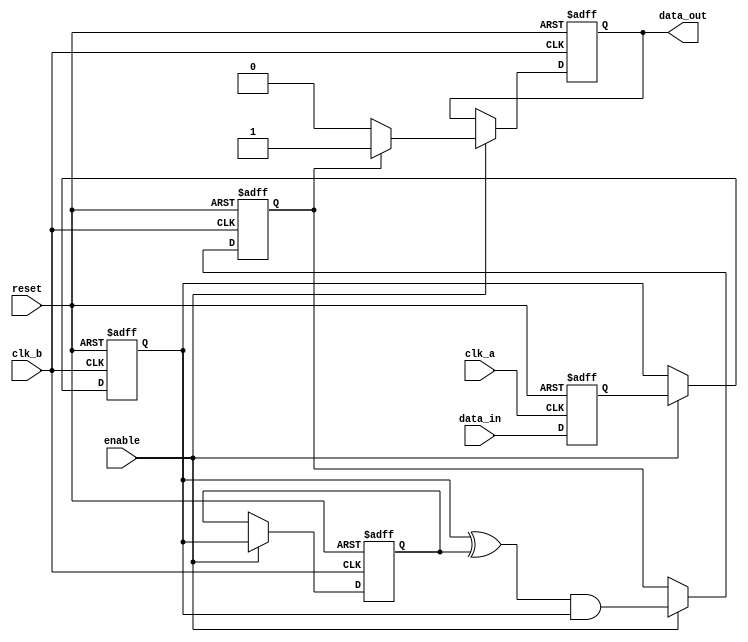
module pulsed_synchronizer #(
    parameter PULSE_WIDTH = 2  // Pulse width for control, in clk_b cycles
)(
    input wire clk_a,          // Source clock
    input wire clk_b,          // Destination clock
    input wire data_in,        // Input signal from clk_a domain
    input wire reset,          // Asynchronous reset signal
    input wire enable,         // Optional enable signal
    output reg data_out        // Synchronized output signal in clk_b domain
);

    reg data_a_reg;                 // Intermediate register to hold data_in in clk_a domain
    reg data_b_1_reg, data_b_2_reg; // Two-stage registers in clk_b domain
    reg pulse;                       // Register to create pulse

    // Capture data_in at clk_a domain
    always @(posedge clk_a or posedge reset) begin
        if (reset) begin
            data_a_reg <= 1'b0;
        end else begin
            data_a_reg <= data_in; // Capture data_in
        end
    end

    // Synchronize data_a_reg into clk_b domain
    always @(posedge clk_b or posedge reset) begin
        if (reset) begin
            data_b_1_reg <= 1'b0;
            data_b_2_reg <= 1'b0;
        end else if (enable) begin
            data_b_1_reg <= data_a_reg; // First flip-flop
            data_b_2_reg <= data_b_1_reg; // Second flip-flop
        end
    end
    
    // Generate pulse based on data_b_1_reg
    always @(posedge clk_b or posedge reset) begin
        if (reset) begin
            pulse <= 1'b0;
            data_out <= 1'b0;
        end else if (enable) begin
            pulse <= (data_b_1_reg ^ data_b_2_reg) & data_b_1_reg; // Create a pulse on change
            if (pulse) begin
                data_out <= 1'b1; // Generate output signal as high when pulse is asserted
            end else begin
                data_out <= 1'b0; // Reset output to low
            end
        end
    end
    
endmodule